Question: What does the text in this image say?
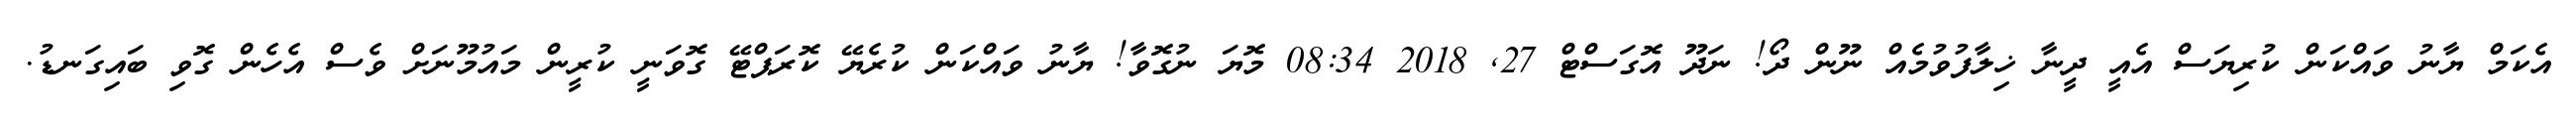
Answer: އެކަމް ޔާނު ވައްކަން ކުރިޔަސް އެއީ ދީނާ ޚިލާފުވުމެއް ނޫން ދޯ! ނަދޫ އޮގަސްޓް 27, 2018 08:34 މޮޔަ ނުގޮވާ! ޔާނު ވައްކަން ކުރެޔޭ ކޮރަޕްޓޭ ގޮވަނީ ކުރީން މައުމޫނަށް ވެސް އެހެން ގޮވި ބައިގަނޑު.